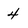
Character: 4